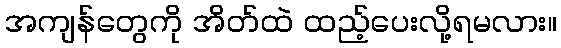
အကျန်တွေကို အိတ်ထဲ ထည့်ပေးလို့ရမလား။